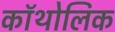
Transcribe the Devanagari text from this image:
कॉथोलिक